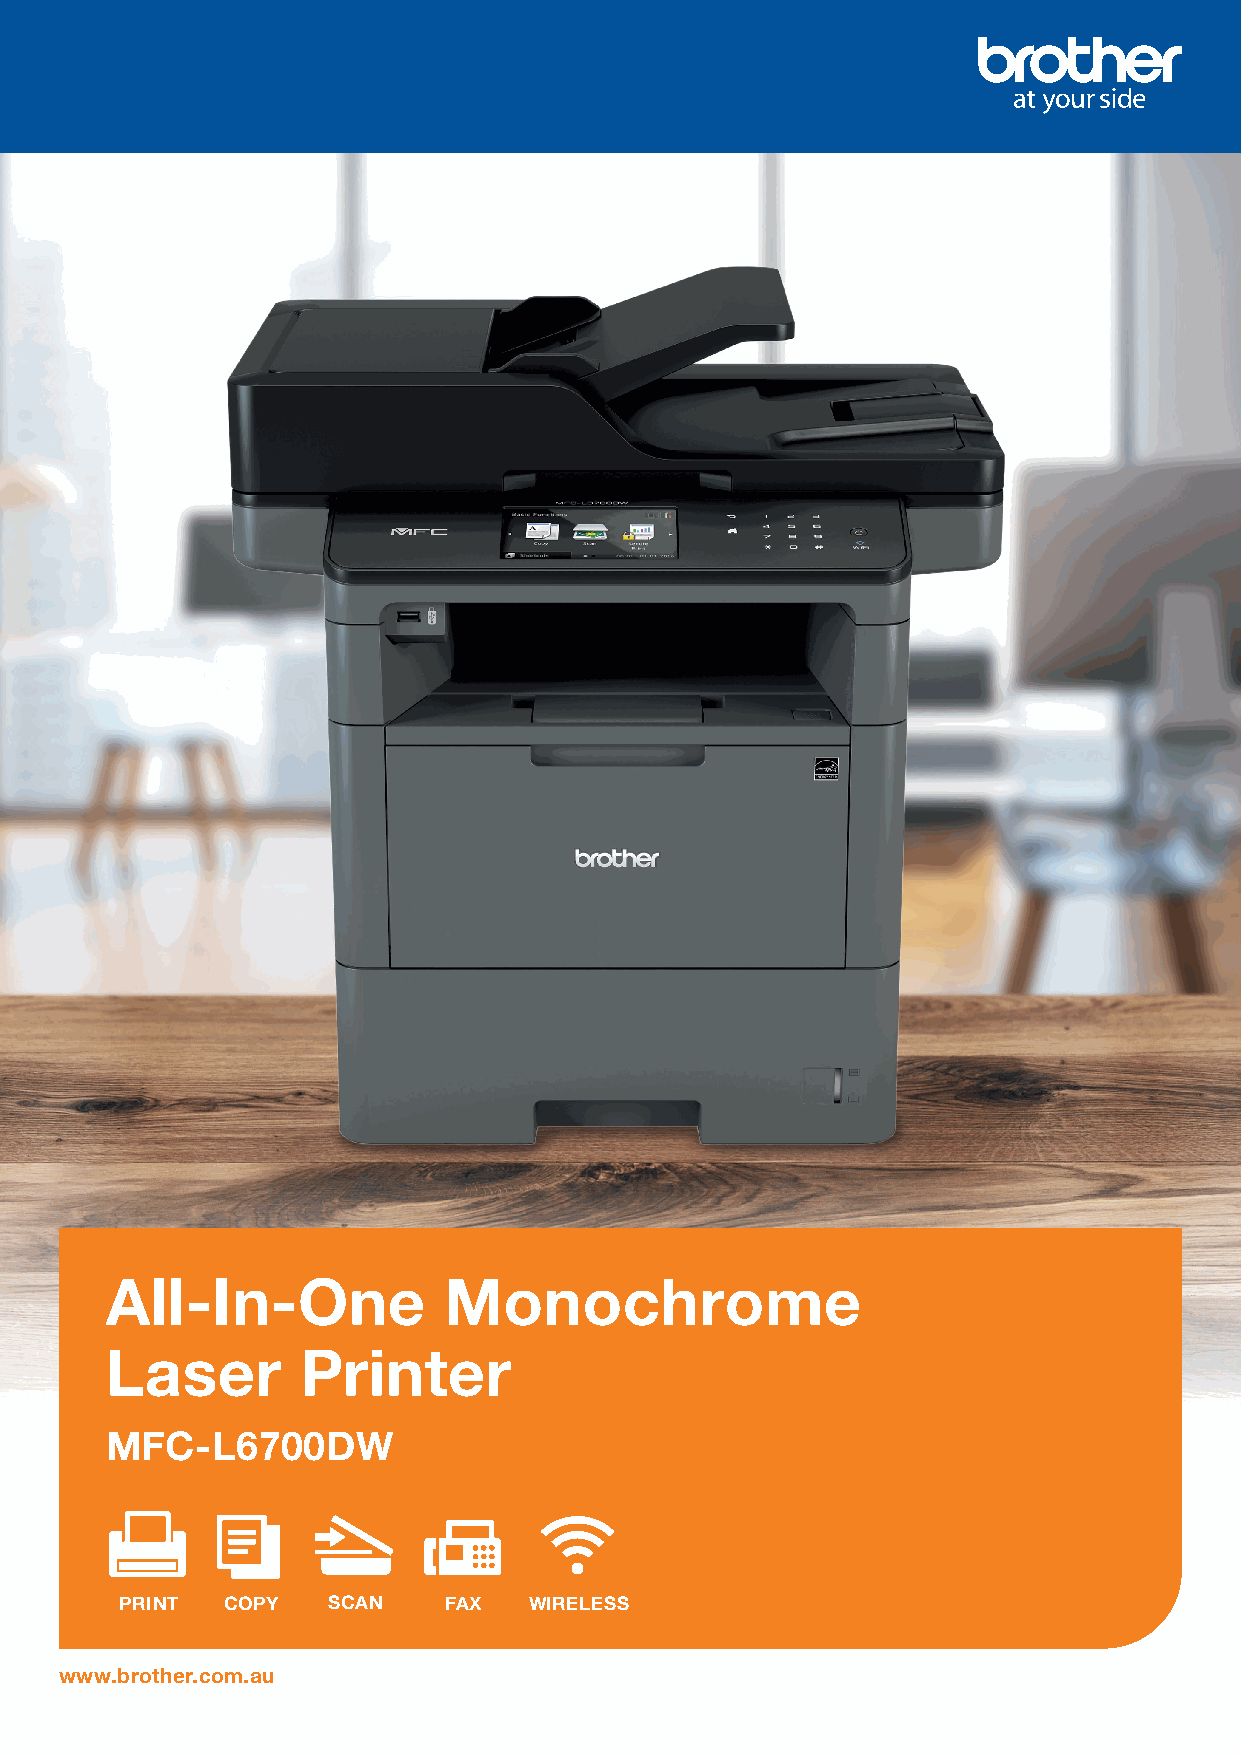
All-In-One            Monochrome
 Laser        Printer
 MFC-L6700DW
 WIRELESS
 PRINT  COPY   SCAN   FAX   WIRELESS
 www.brother.com.au